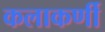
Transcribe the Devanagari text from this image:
कलाकर्णी